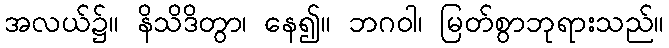
အလယ်၌။ နိသိဒိတွာ၊ နေ၍။ ဘဂဝါ၊ မြတ်စွာဘုရားသည်။